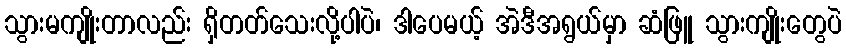
သွားမကျိုးတာလည်း ရှိတတ်သေးလို့ပါပဲ၊ ဒါပေမယ့် အဲဒီအရွယ်မှာ ဆံဖြူ သွားကျိုးတွေပဲ